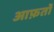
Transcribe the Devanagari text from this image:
आफ़तों